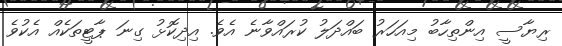
ރިޔާސީ އިންތިހާބު މިއަހަރު ބައްދަލު ކުރައްވާނެ އެވެ. އިދިކޮޅު ގިނަ ޕާޓީތަކެއް އެކުވެ